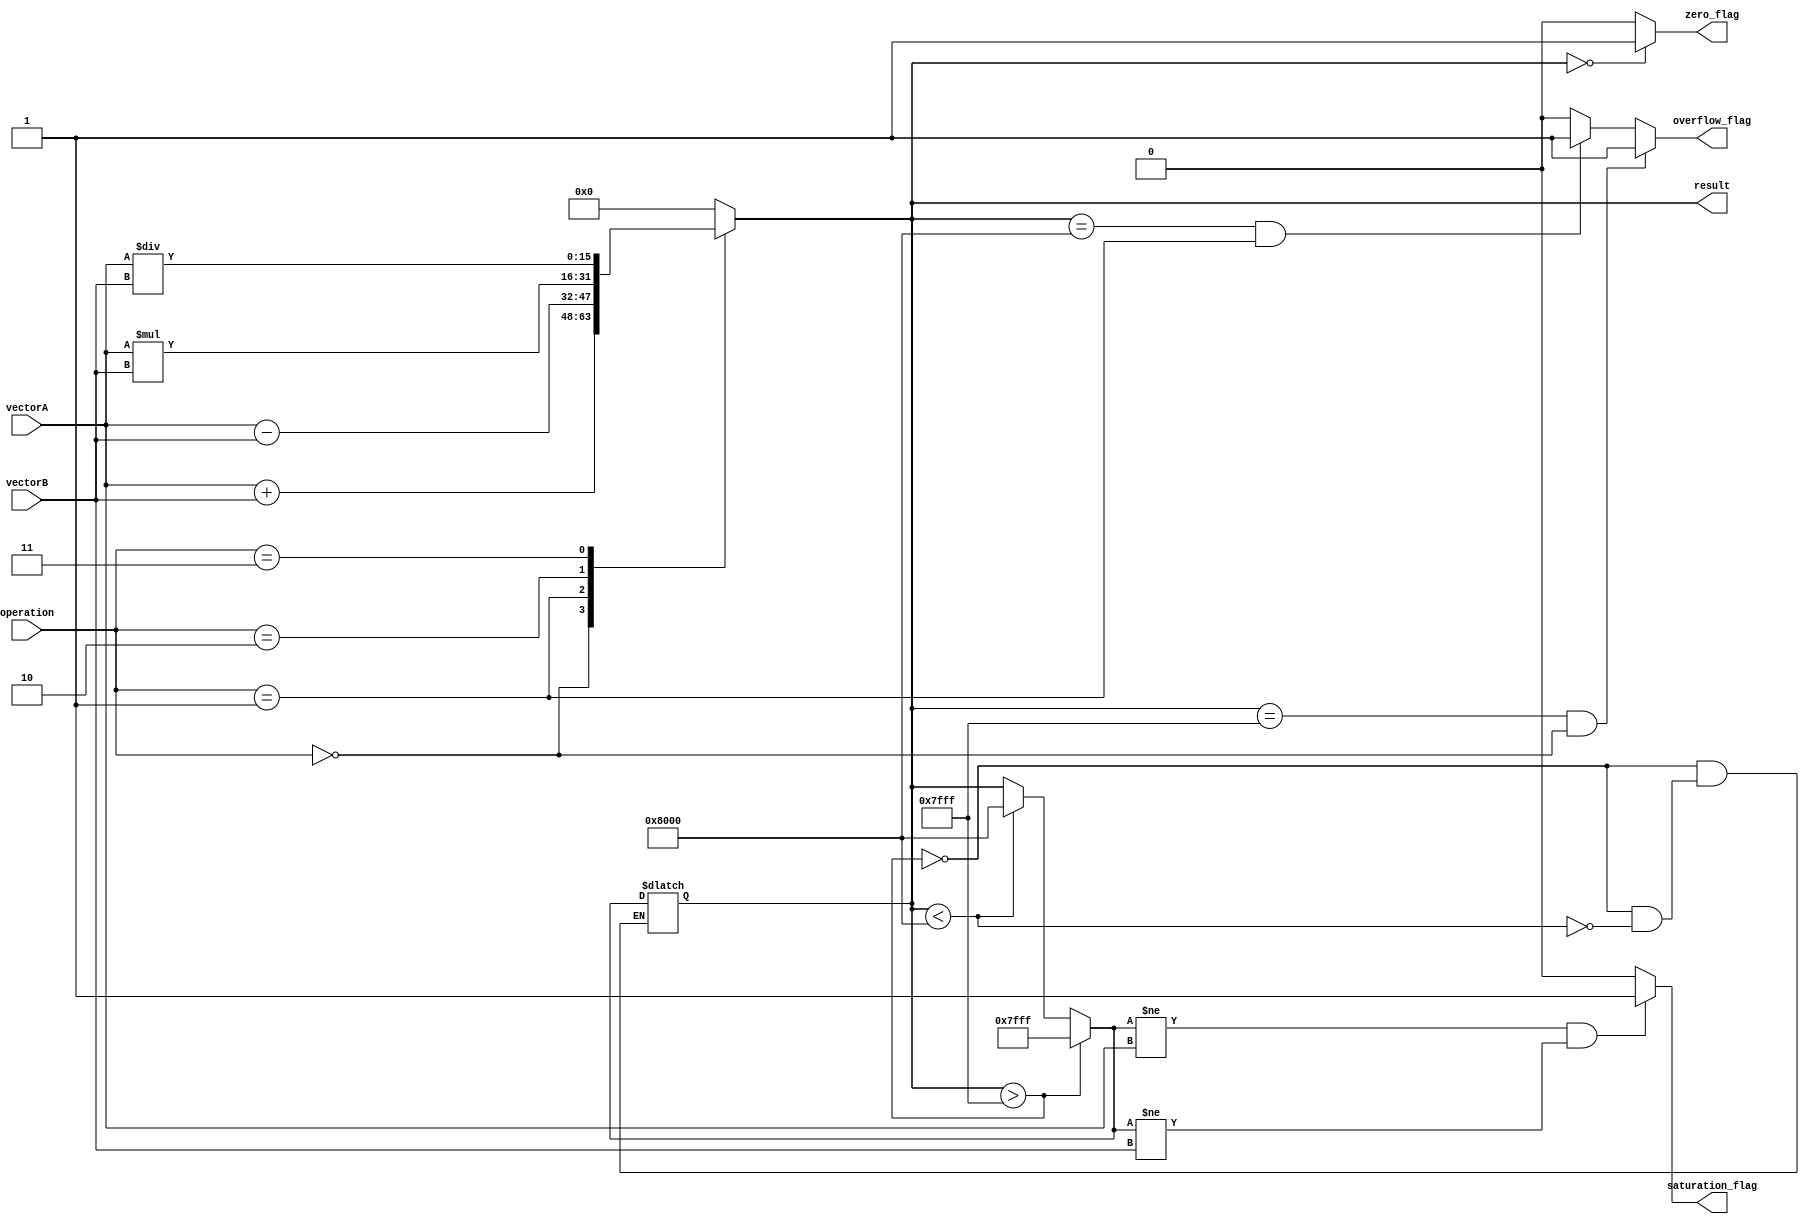
module VectorALU (
    input wire [15:0] vectorA,
    input wire [15:0] vectorB,
    input wire [3:0] operation,
    output reg [15:0] result,
    output reg zero_flag,
    output reg overflow_flag,
    output reg saturation_flag
);

// Functional units for addition, subtraction, multiplication, and division
always @ (*)
begin
    case(operation)
        4'b0000: result = vectorA + vectorB; // Addition
        4'b0001: result = vectorA - vectorB; // Subtraction
        4'b0010: result = vectorA * vectorB; // Multiplication
        4'b0011: result = vectorA / vectorB; // Division
        // Add additional operations here as needed
        default: result = 16'h0000; // Default to zero output
    endcase
end

// Overflow detection logic
always @ (*)
begin
    if(result == 16'h7FFF && operation == 4'b0000) overflow_flag = 1; // Addition overflow
    else if(result == 16'h8000 && operation == 4'b0001) overflow_flag = 1; // Subtraction overflow
    else overflow_flag = 0;
end

// Saturation arithmetic logic
always @ (*)
begin
    if(result > 16'h7FFF) result = 16'h7FFF; // Max saturation value
    else if(result < 16'h8000) result = 16'h8000; // Min saturation value
    saturation_flag = 0;
    if(result != vectorA && result != vectorB) saturation_flag = 1;
end

// Zero flag detection logic
always @ (*)
begin
    zero_flag = (result == 16'h0000) ? 1 : 0;
end

// Vector shuffling operations - implement as needed

// Pipeline stages - implement as needed

endmodule